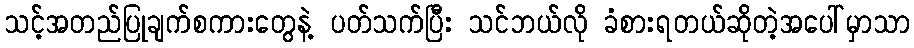
သင့်အတည်ပြုချက်စကားတွေနဲ့ ပတ်သက်ပြီး သင်ဘယ်လို ခံစားရတယ်ဆိုတဲ့အပေါ်မှာသာ